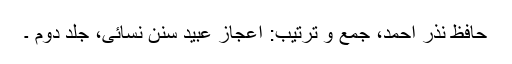
حافظ نذر احمد، جمع و ترتیب: اعجاز عبید سنن نسائی، جلد دوم ۔